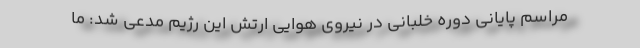
مراسم پایانی دوره خلبانی در نیروی هوایی ارتش این رژیم مدعی شد: ما